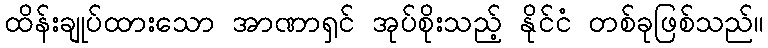
ထိန်းချုပ်ထားသော အာဏာရှင် အုပ်စိုးသည့် နိုင်ငံ တစ်ခုဖြစ်သည်။